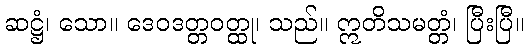
ဆဋ္ဌံ၊ သော။ ဒေဝဒတ္တဝတ္ထု၊ သည်။ ဣတိသမတ္တံ၊ ပြီးပြီ။